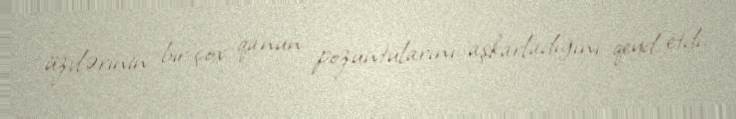
üzvlərinin bir çox qanun pozuntularını aşkarladığını qeyd etdi.